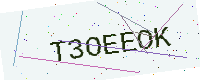
Text: T3OEEOK